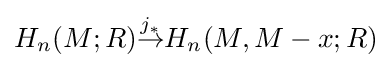
H_{n}(M;R){\stackrel {j_{*}}{\to }}H_{n}(M,M-{x};R)